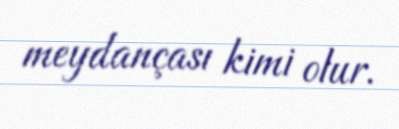
meydançası kimi olur.